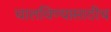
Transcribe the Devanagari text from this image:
चालविण्यासाठीच